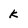
Character: k